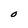
Character: O